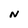
Character: N